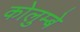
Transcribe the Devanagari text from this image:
कोलुम्बे